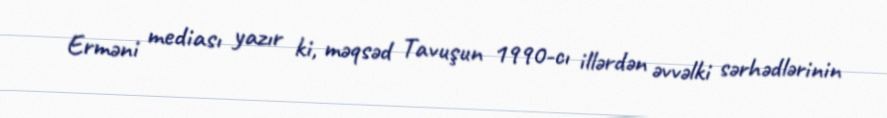
Erməni mediası yazır ki, məqsəd Tavuşun 1990-cı illərdən əvvəlki sərhədlərinin